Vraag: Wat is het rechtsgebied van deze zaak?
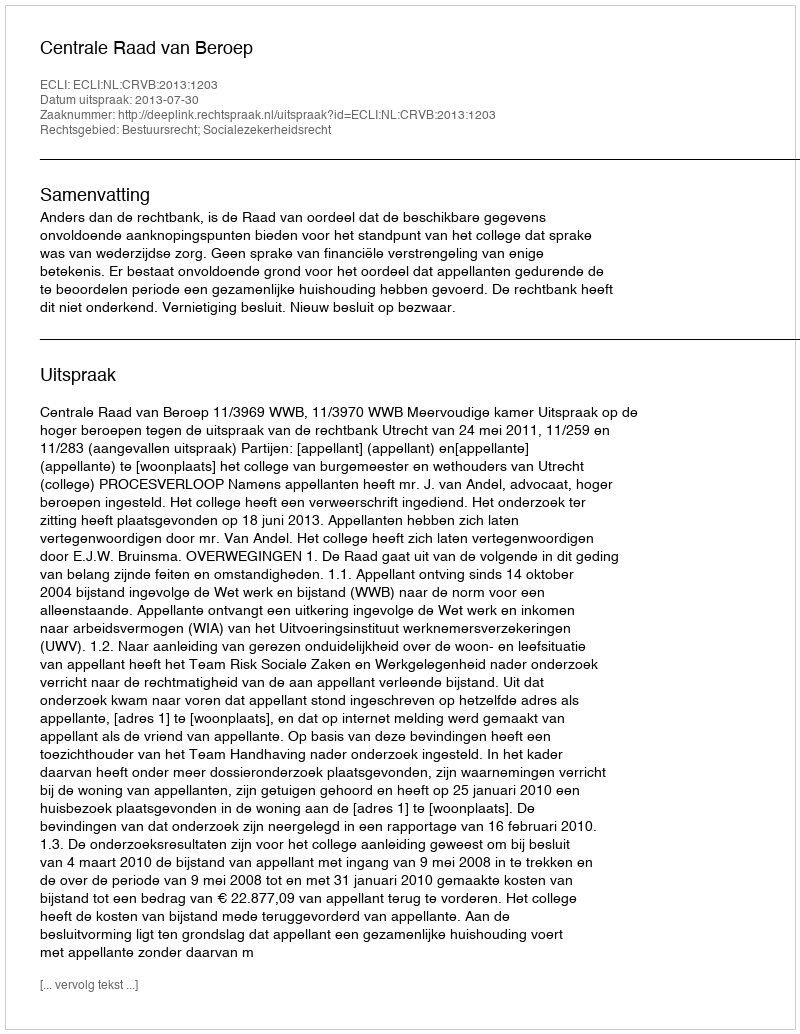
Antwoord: Bestuursrecht; Socialezekerheidsrecht